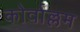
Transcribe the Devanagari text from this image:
कोर्वाल्लम